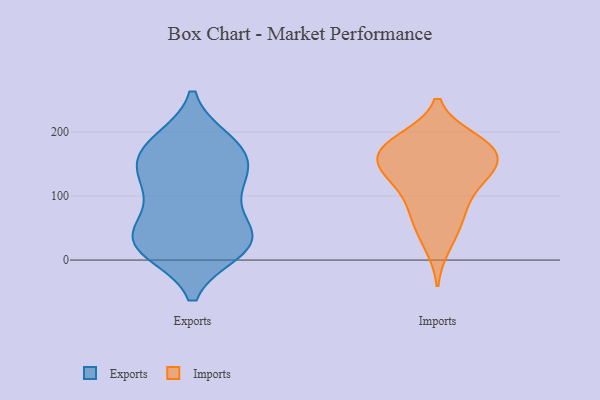
{"axis": {"x": "Production Output", "y": "Value"}, "legend": ["Exports", "Imports"], "data": [{"x": "", "y": 16, "type": "Exports"}, {"x": "", "y": 170, "type": "Exports"}, {"x": "", "y": 56, "type": "Exports"}, {"x": "", "y": 29, "type": "Exports"}, {"x": "", "y": 32, "type": "Exports"}, {"x": "", "y": 28, "type": "Exports"}, {"x": "", "y": 119, "type": "Exports"}, {"x": "", "y": 147, "type": "Exports"}, {"x": "", "y": 122, "type": "Exports"}, {"x": "", "y": 185, "type": "Exports"}, {"x": "", "y": 60, "type": "Exports"}, {"x": "", "y": 171, "type": "Exports"}, {"x": "", "y": 23, "type": "Exports"}, {"x": "", "y": 104, "type": "Exports"}, {"x": "", "y": 15, "type": "Exports"}, {"x": "", "y": 184, "type": "Exports"}, {"x": "", "y": 144, "type": "Exports"}, {"x": "", "y": 75, "type": "Imports"}, {"x": "", "y": 189, "type": "Imports"}, {"x": "", "y": 22, "type": "Imports"}, {"x": "", "y": 132, "type": "Imports"}, {"x": "", "y": 157, "type": "Imports"}, {"x": "", "y": 163, "type": "Imports"}, {"x": "", "y": 127, "type": "Imports"}, {"x": "", "y": 130, "type": "Imports"}, {"x": "", "y": 74, "type": "Imports"}, {"x": "", "y": 185, "type": "Imports"}, {"x": "", "y": 108, "type": "Imports"}, {"x": "", "y": 158, "type": "Imports"}, {"x": "", "y": 51, "type": "Imports"}, {"x": "", "y": 189, "type": "Imports"}, {"x": "", "y": 172, "type": "Imports"}, {"x": "", "y": 157, "type": "Imports"}]}